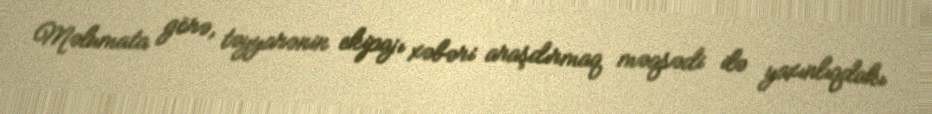
Məlumata görə, təyyarənin ekipajı xəbəri araşdırmaq məqsədi ilə yaxınlıqdakı